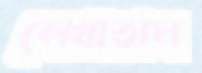
লেখাতাম